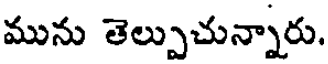
మును తెల్పుచున్నారు.